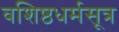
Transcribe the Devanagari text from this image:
वशिष्ठधर्मसूत्र